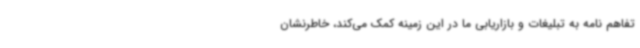
تفاهم نامه به تبلیغات و بازاریابی ما در این زمینه کمک می‌کند، خاطرنشان